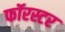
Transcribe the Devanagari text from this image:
फॉरस्टर